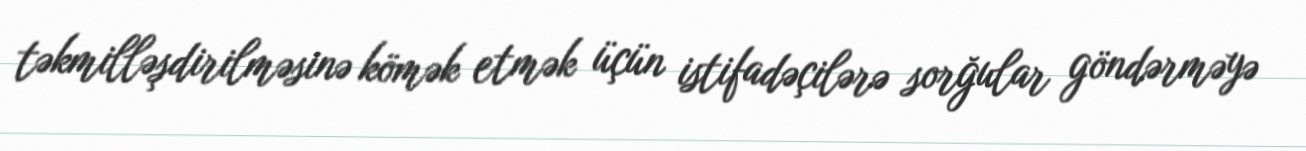
təkmilləşdirilməsinə kömək etmək üçün istifadəçilərə sorğular göndərməyə